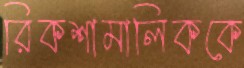
রিকশামালিককে